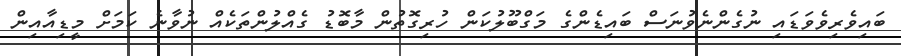
ބައިވެރިވެވަޑައި ނުގެންނެވުނަސް ބައިޑެންގެ މަގްބޫލުކަން ހުރިގޮތުން މާބޮޑު ގެއްލުންތަކެއް ނުވާނެ ކަމަށް މީޑިއާއިން